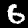
Label: 6